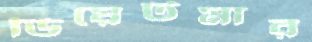
ডিয়েটমার